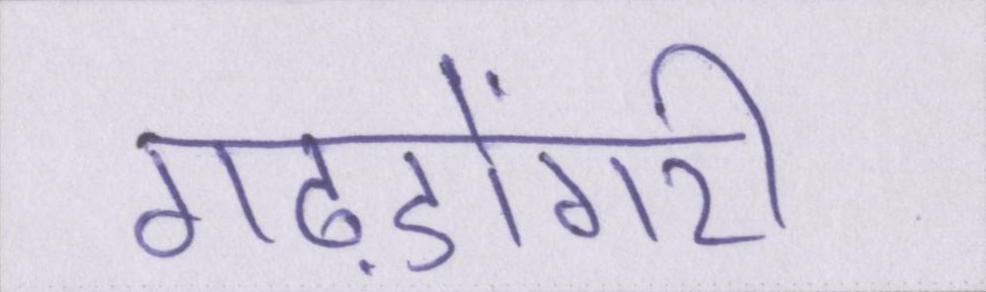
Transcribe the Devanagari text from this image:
गढ़डोंगरी